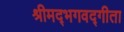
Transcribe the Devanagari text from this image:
श्रीमद्‍भगवद्‍गीता